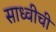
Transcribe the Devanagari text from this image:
साध्वीची